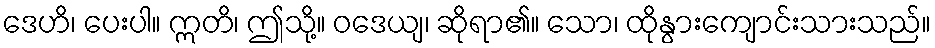
ဒေဟိ၊ ပေးပါ။ ဣတိ၊ ဤသို့။ ဝဒေယျ၊ ဆိုရာ၏။ သော၊ ထိုနွားကျောင်းသားသည်။